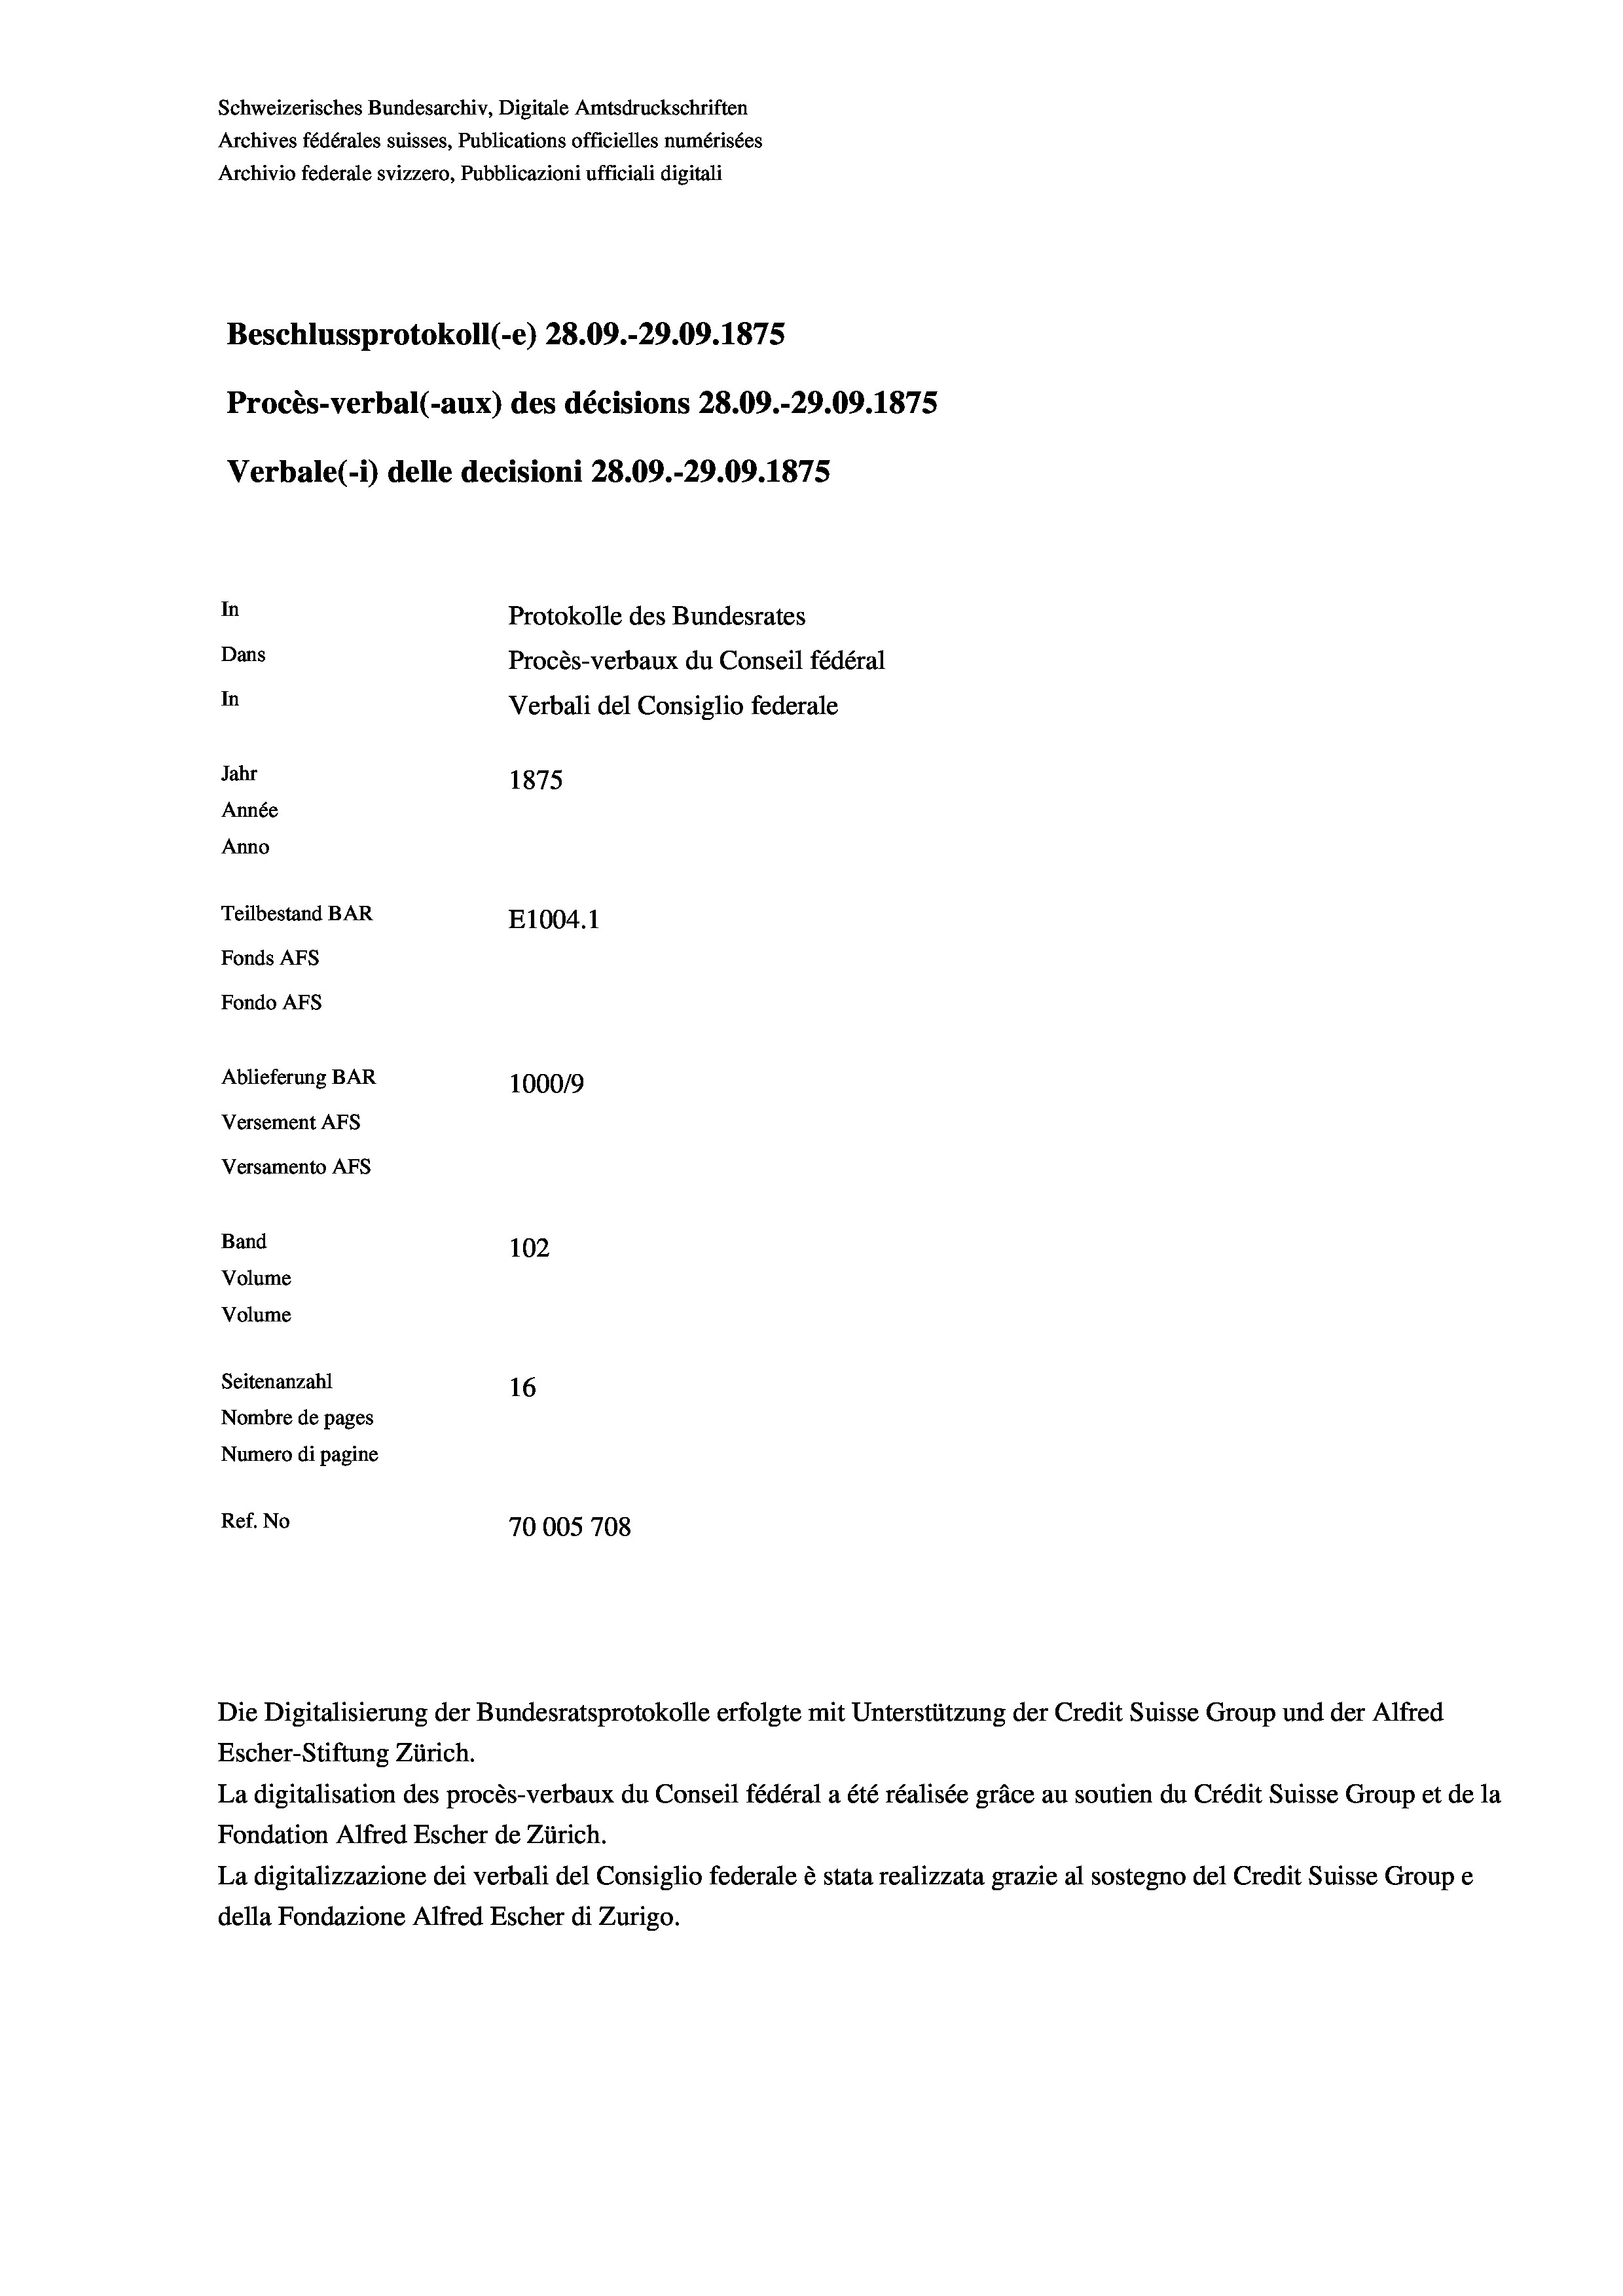
Schweizerisches Bundesarchiv, Digitale Amtsdruckschriften
Archives fédérales suisses, Publications officielles numérisées
Archivio federale svizzero, Pubblicazioni ufficiali digitali
Beschlussprotokoll (-e) 28.09.-29.09. 1875
Procès-verbal (-aux) des décisions 28.09.-29.09.1875
Verbale (- 1) delle decisioni 28.09.-29.09.1875
In
Protokolle des Bundesrates
Dans
Procès-verbaux du Conseil fédéral
In
Verbali del Consiglio federale
Jahr
1875
Année
Anno
Teilbestand BAR
E1004. 1
Fonds AFs
Fondo Afs
Ablieferung BAR
100019
Versement AFs
Versamento Afs
Band
102
Volume
Volume
Seitenanzahl
16
Nombre de pages
Numero di pagine
Ref. No
70005708

Die Digitalisierung der Bundesratsprotokolle erfolgte mit Unterstützung der Credit Suisse Group und der Alfred
Escher-Stiftung Zürich.
La digitalisation des procès-verbaux du Conseil fédéral a été réalisée gräce au soutien du Crédit Suisse Group et de la
Fondation Alfred Escher de Zürich.
La digitalizzazione dei verbali del Consiglio federale è stata realizzata grazie al sostegno del Credit Suisse Groupe
della Fondazione Alfred Escher di Zurigo.